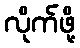
လိုက်ဖို့